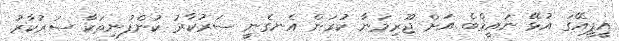
އީޕީއޭގަ އުޅޭ ނައީމްބެ އަށް ޖޫރިމަނާ ކުރަން އެނގެނީ ސަރުކާރު ކުންފުނިތަކާ ސަރުކާރު